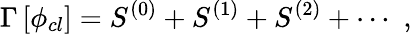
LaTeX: \Gamma\left[\phi_{cl}\right]=S^{(0)}+S^{(1)}+S^{(2)}+\cdots\, \, ,